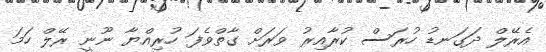
އެރޭލް ދަގަނޑު ހުރަސް ކުރާއިރު ވަރަށް ގާތްވެފަ ހުރިއްޔާ ނޫނީ ރޭލް ހަމަ